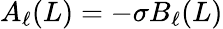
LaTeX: A_{\ell}(L)=-\sigma B_{\ell}(L)